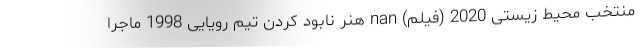
منتخب محیط زیستی 2020 (فیلم) nan هنر نابود کردن تیم رویایی 1998 ماجرا